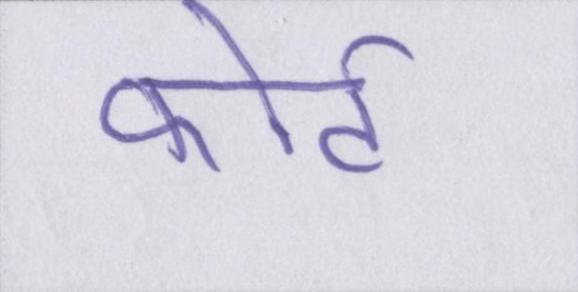
फोर्ट